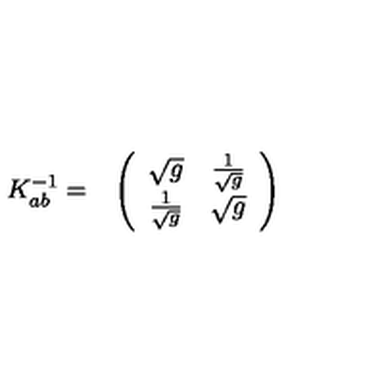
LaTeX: \begin{array} { c c } { K _ { a b } ^ { - 1 } = } & { \left( \begin{array} { c c } { \sqrt { g } } & { { \frac { 1 } { \sqrt { g } } } } \\ { { \frac { 1 } { \sqrt { g } } } } & { \sqrt { g } } \\ \end{array} \right) } \\ \end{array}